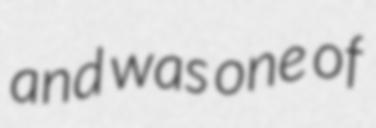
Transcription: and was one of